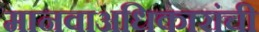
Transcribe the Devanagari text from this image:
मानवाअधिकारांची